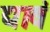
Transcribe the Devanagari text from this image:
द्यावं